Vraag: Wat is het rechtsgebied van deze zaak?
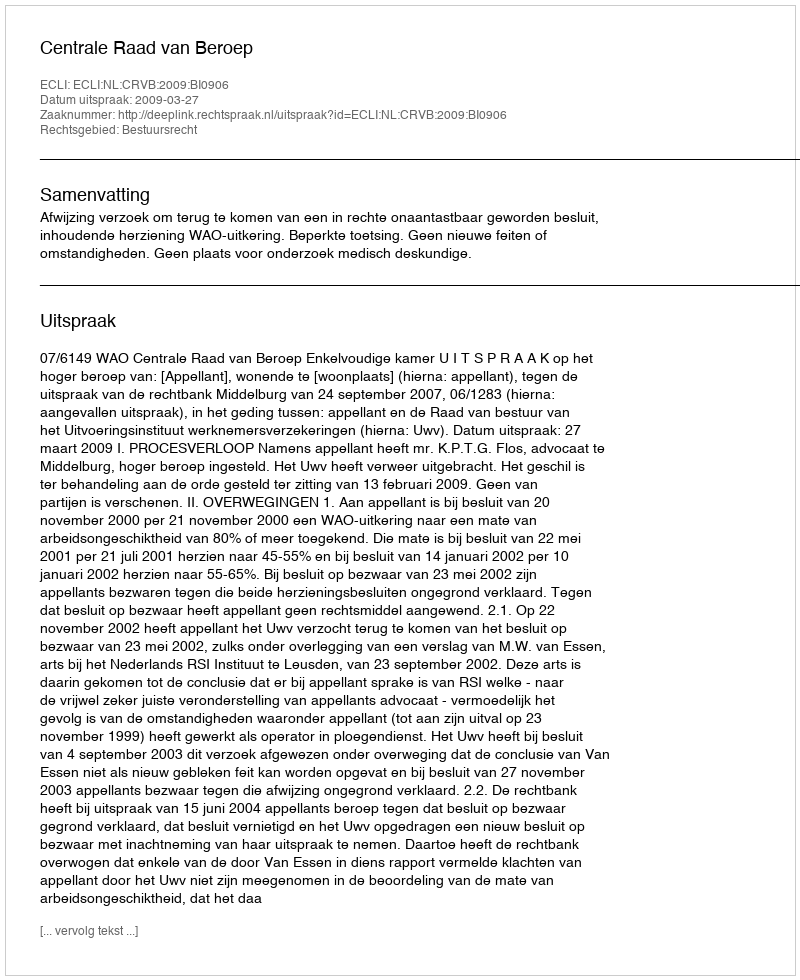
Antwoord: Bestuursrecht